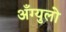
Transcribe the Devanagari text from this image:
अँग्युलो